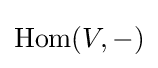
\mathrm {Hom} (V,-)